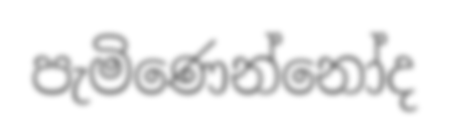
පැමිණෙන්නෝද